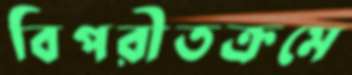
বিপরীতক্রমে